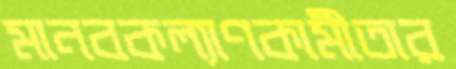
মানবকল্যাণকামীতার